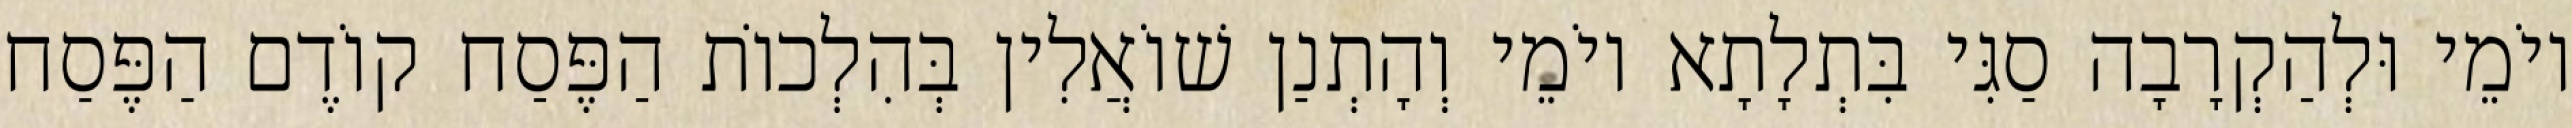
יוֹמֵי וּלְהַקְרָבָה סַגִּי בִּתְלָתָא יוֹמֵי וְהָתְנַן שׁוֹאֲלִין בְּהִלְכוֹת הַפֶּסַח קוֹדֶם הַפֶּסַח